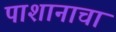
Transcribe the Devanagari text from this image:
पाशानाचा